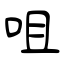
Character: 咀